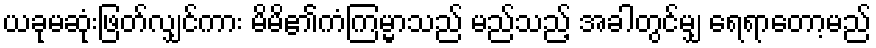
ယခုမဆုံးဖြတ်လျှင်ကား မိမိ၏ကံကြမ္မာသည် မည်သည့် အခါတွင်မျှ ရေရာတော့မည်